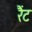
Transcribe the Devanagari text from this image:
रैंट